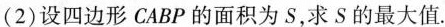
(2)设四边形CABP的面积为S，求S的最大值.